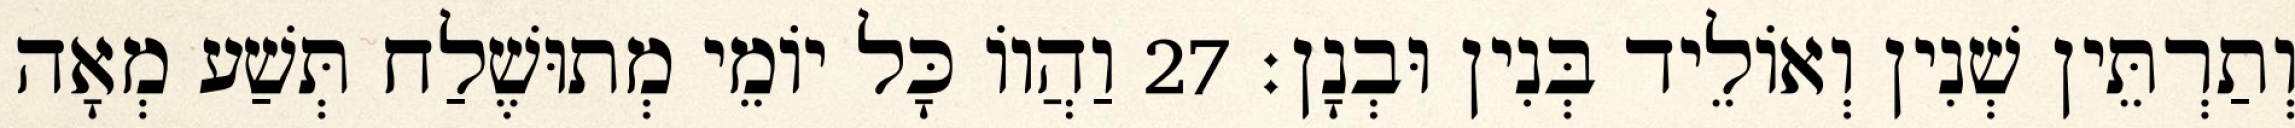
וְתַרְתֵּין שְׁנִין וְאוֹלֵיד בְּנִין וּבְנָן׃ 27 וַהֲווֹ כָּל יוֹמֵי מְתוּשֶׁלַח תְּשַׁע מְאָה